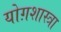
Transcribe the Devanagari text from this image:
योग़शास्त्रा